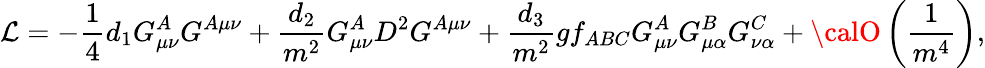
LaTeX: {\cal\mathcal{L}}=-{\frac{{1}}{{4}}}d_{1}G_{\mu\nu}^{A}G^{A\mu\nu}+{\frac{{d_{2}}}{{m^{2}}}}G_{\mu\nu}^{A}D^{2}G^{A\mu\nu}+{\frac{{d_{3}}}{{m^{2}}}}gf_{ABC}G_{\mu\nu}^{A}G_{\mu\alpha}^{B}G_{\nu\alpha}^{C}+{\calO}\left({\frac{{1}}{{m^{4}}}}\right),